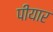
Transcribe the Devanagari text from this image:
पीयार